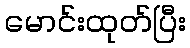
မောင်းထုတ်ပြီး